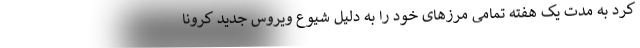
کرد به مدت یک هفته تمامی مرزهای خود را به دلیل شیوع ویروس جدید کرونا